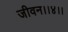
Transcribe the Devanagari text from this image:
जीवन।।४।।